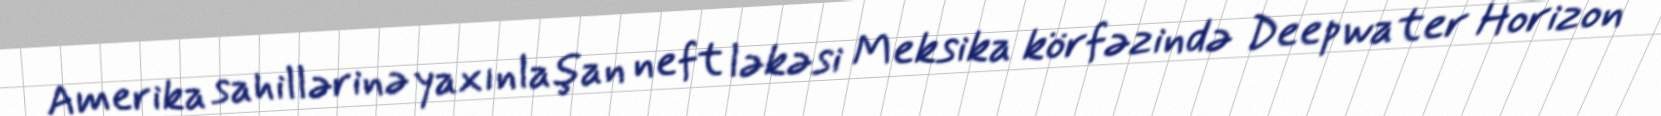
Amerika sahillərinə yaxınlaşan neft ləkəsi Meksika körfəzində Deepwater Horizon